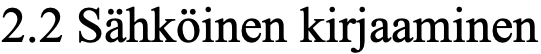
2.2 Sähköinen kirjaaminen